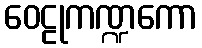
ဝေဠုကဏ္ဍကော